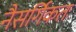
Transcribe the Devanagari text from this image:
नैसर्गिकतः